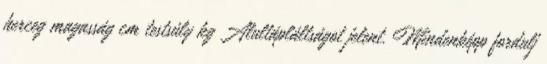
herceg magasság cm testsúly kg Alultápláltságot jelent. Mindenképp fordulj